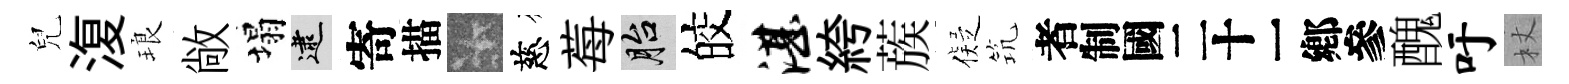
兒𣸪琅敞塌逮寄描卡慈莓胎皎湛絝蔟儗𥬑识醜吁杖